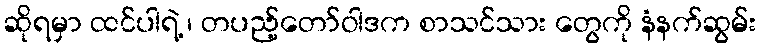
ဆိုရမှာ ထင်ပါရဲ့ ၊ တပည့်တော်ဝါဒက စာသင်သား တွေကို နံနက်ဆွမ်း